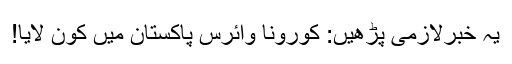
یہ خبرلازمی پڑھیں: کورونا وائرس پاکستان میں کون لایا!